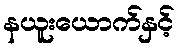
နယူးယောက်နှင့်